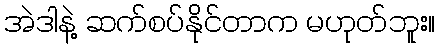
အဲဒါနဲ့ ဆက်စပ်နိုင်တာက မဟုတ်ဘူး။